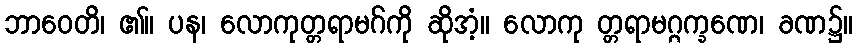
ဘာဝေတိ၊ ၏။ ပန၊ လောကုတ္တရာမဂ်ကို ဆိုအံ့။ လောကု တ္တရာမဂ္ဂက္ခဏေ၊ ခဏ၌။